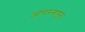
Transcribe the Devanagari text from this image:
आचरनातून